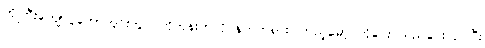
ကိုကြီးကျော်ပွဲတော်ကွင်းတွင် ဟိုတုန်းကလို နတ်ကရား ကြည့်မော့ ဟိုငေး သည်ငေးလုပ်ပြီး